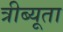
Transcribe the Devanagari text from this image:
त्रीब्यूता